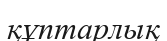
құптарлық